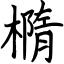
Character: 橢